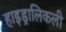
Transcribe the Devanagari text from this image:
हाइड्रालिकली